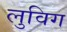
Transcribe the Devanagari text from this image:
लुविग